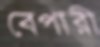
বেপারী